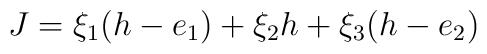
J= \xi_1(h-e_1) + \xi_2 h + \xi_3 (h-e_2)